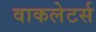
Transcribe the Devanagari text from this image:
वाकलेटर्स